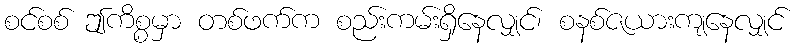
စင်စစ် ဤကိစ္စမှာ တစ်ဖက်က စည်းကမ်းရှိနေလျှင်၊ စနစ်ဇယားကျနေလျှင်